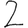
Digit: 2